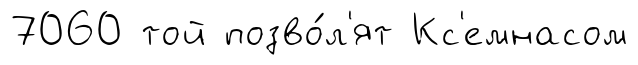
7060 той позво́л'ят Кс'емнасом